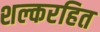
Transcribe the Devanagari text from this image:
शल्करहित